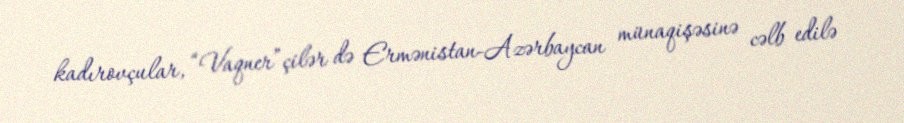
kadırovçular, “Vaqner”çilər də Ermənistan-Azərbaycan münaqişəsinə cəlb edilə